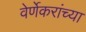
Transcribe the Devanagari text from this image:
वेर्णेकरांच्या